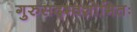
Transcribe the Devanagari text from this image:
गुरुसद्भ्वशोभितः